Scottish Certificate of Education, 1962
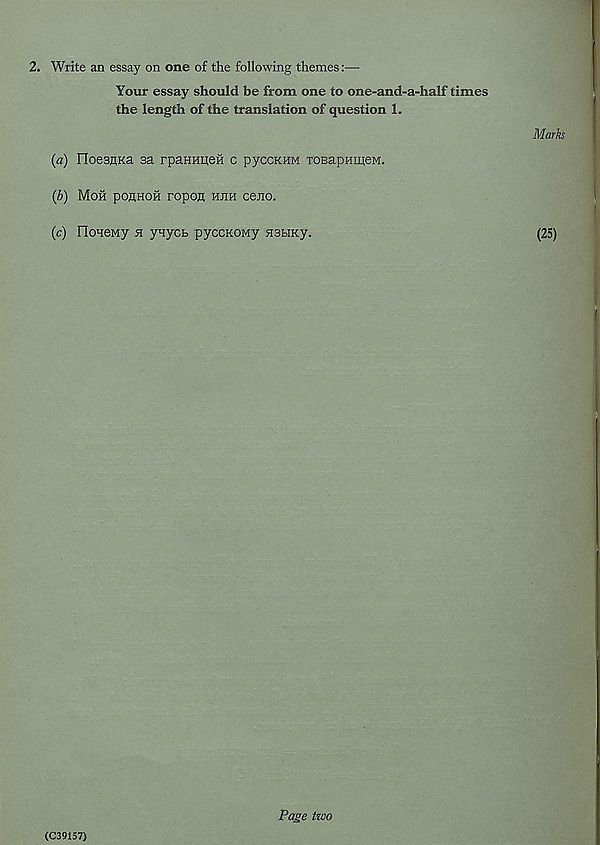
2. Write an essay on one of the following themes:—
Your essay should be from one to one-and-a-half times
the length of the translation of question 1.
Marks
(a) DoesHKa sa rpaHHijeH c pyccKHM TOBapHmeM.
(b) Moh poflHOH ropofl hjih ceno.
(c) IloHeMy h yaycb pyccKOMy nstiKy.
(25)
(C39157)
Page two